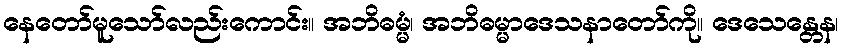
နေတော်မူသော်လည်းကောင်း။ အဘိဓမ္မံ၊ အဘိဓမ္မာဒေသနာတော်ကို။ ဒေသေန္တေန၊